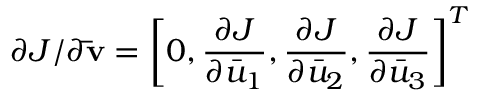
{ \partial J } / { \partial { \bf { \bar { v } } } } = { \left[ { 0 , \frac { { \partial J } } { { \partial { { \bar { u } } _ { 1 } } } } , \frac { { \partial J } } { { \partial { { \bar { u } } _ { 2 } } } } , \frac { { \partial J } } { { \partial { { \bar { u } } _ { 3 } } } } } \right] ^ { T } }